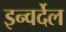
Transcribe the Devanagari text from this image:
इन्वर्देल